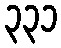
၃၃၁